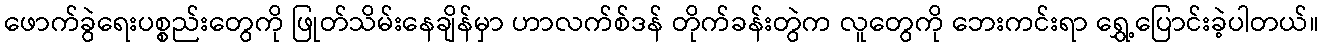
ဖောက်ခွဲရေးပစ္စည်းတွေကို ဖြုတ်သိမ်းနေချိန်မှာ ဟာလက်စ်ဒန် တိုက်ခန်းတွဲက လူတွေကို ဘေးကင်းရာ ရွှေ့ပြောင်းခဲ့ပါတယ်။